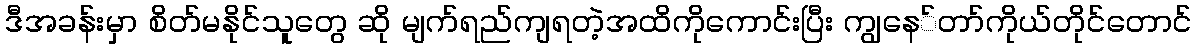
ဒီအခန်းမှာ စိတ်မနိုင်သူတွေ ဆို မျက်ရည်ကျရတဲ့အထိကိုကောင်းပြီး ကျွနေ်တာ်ကိုယ်တိုင်တောင်